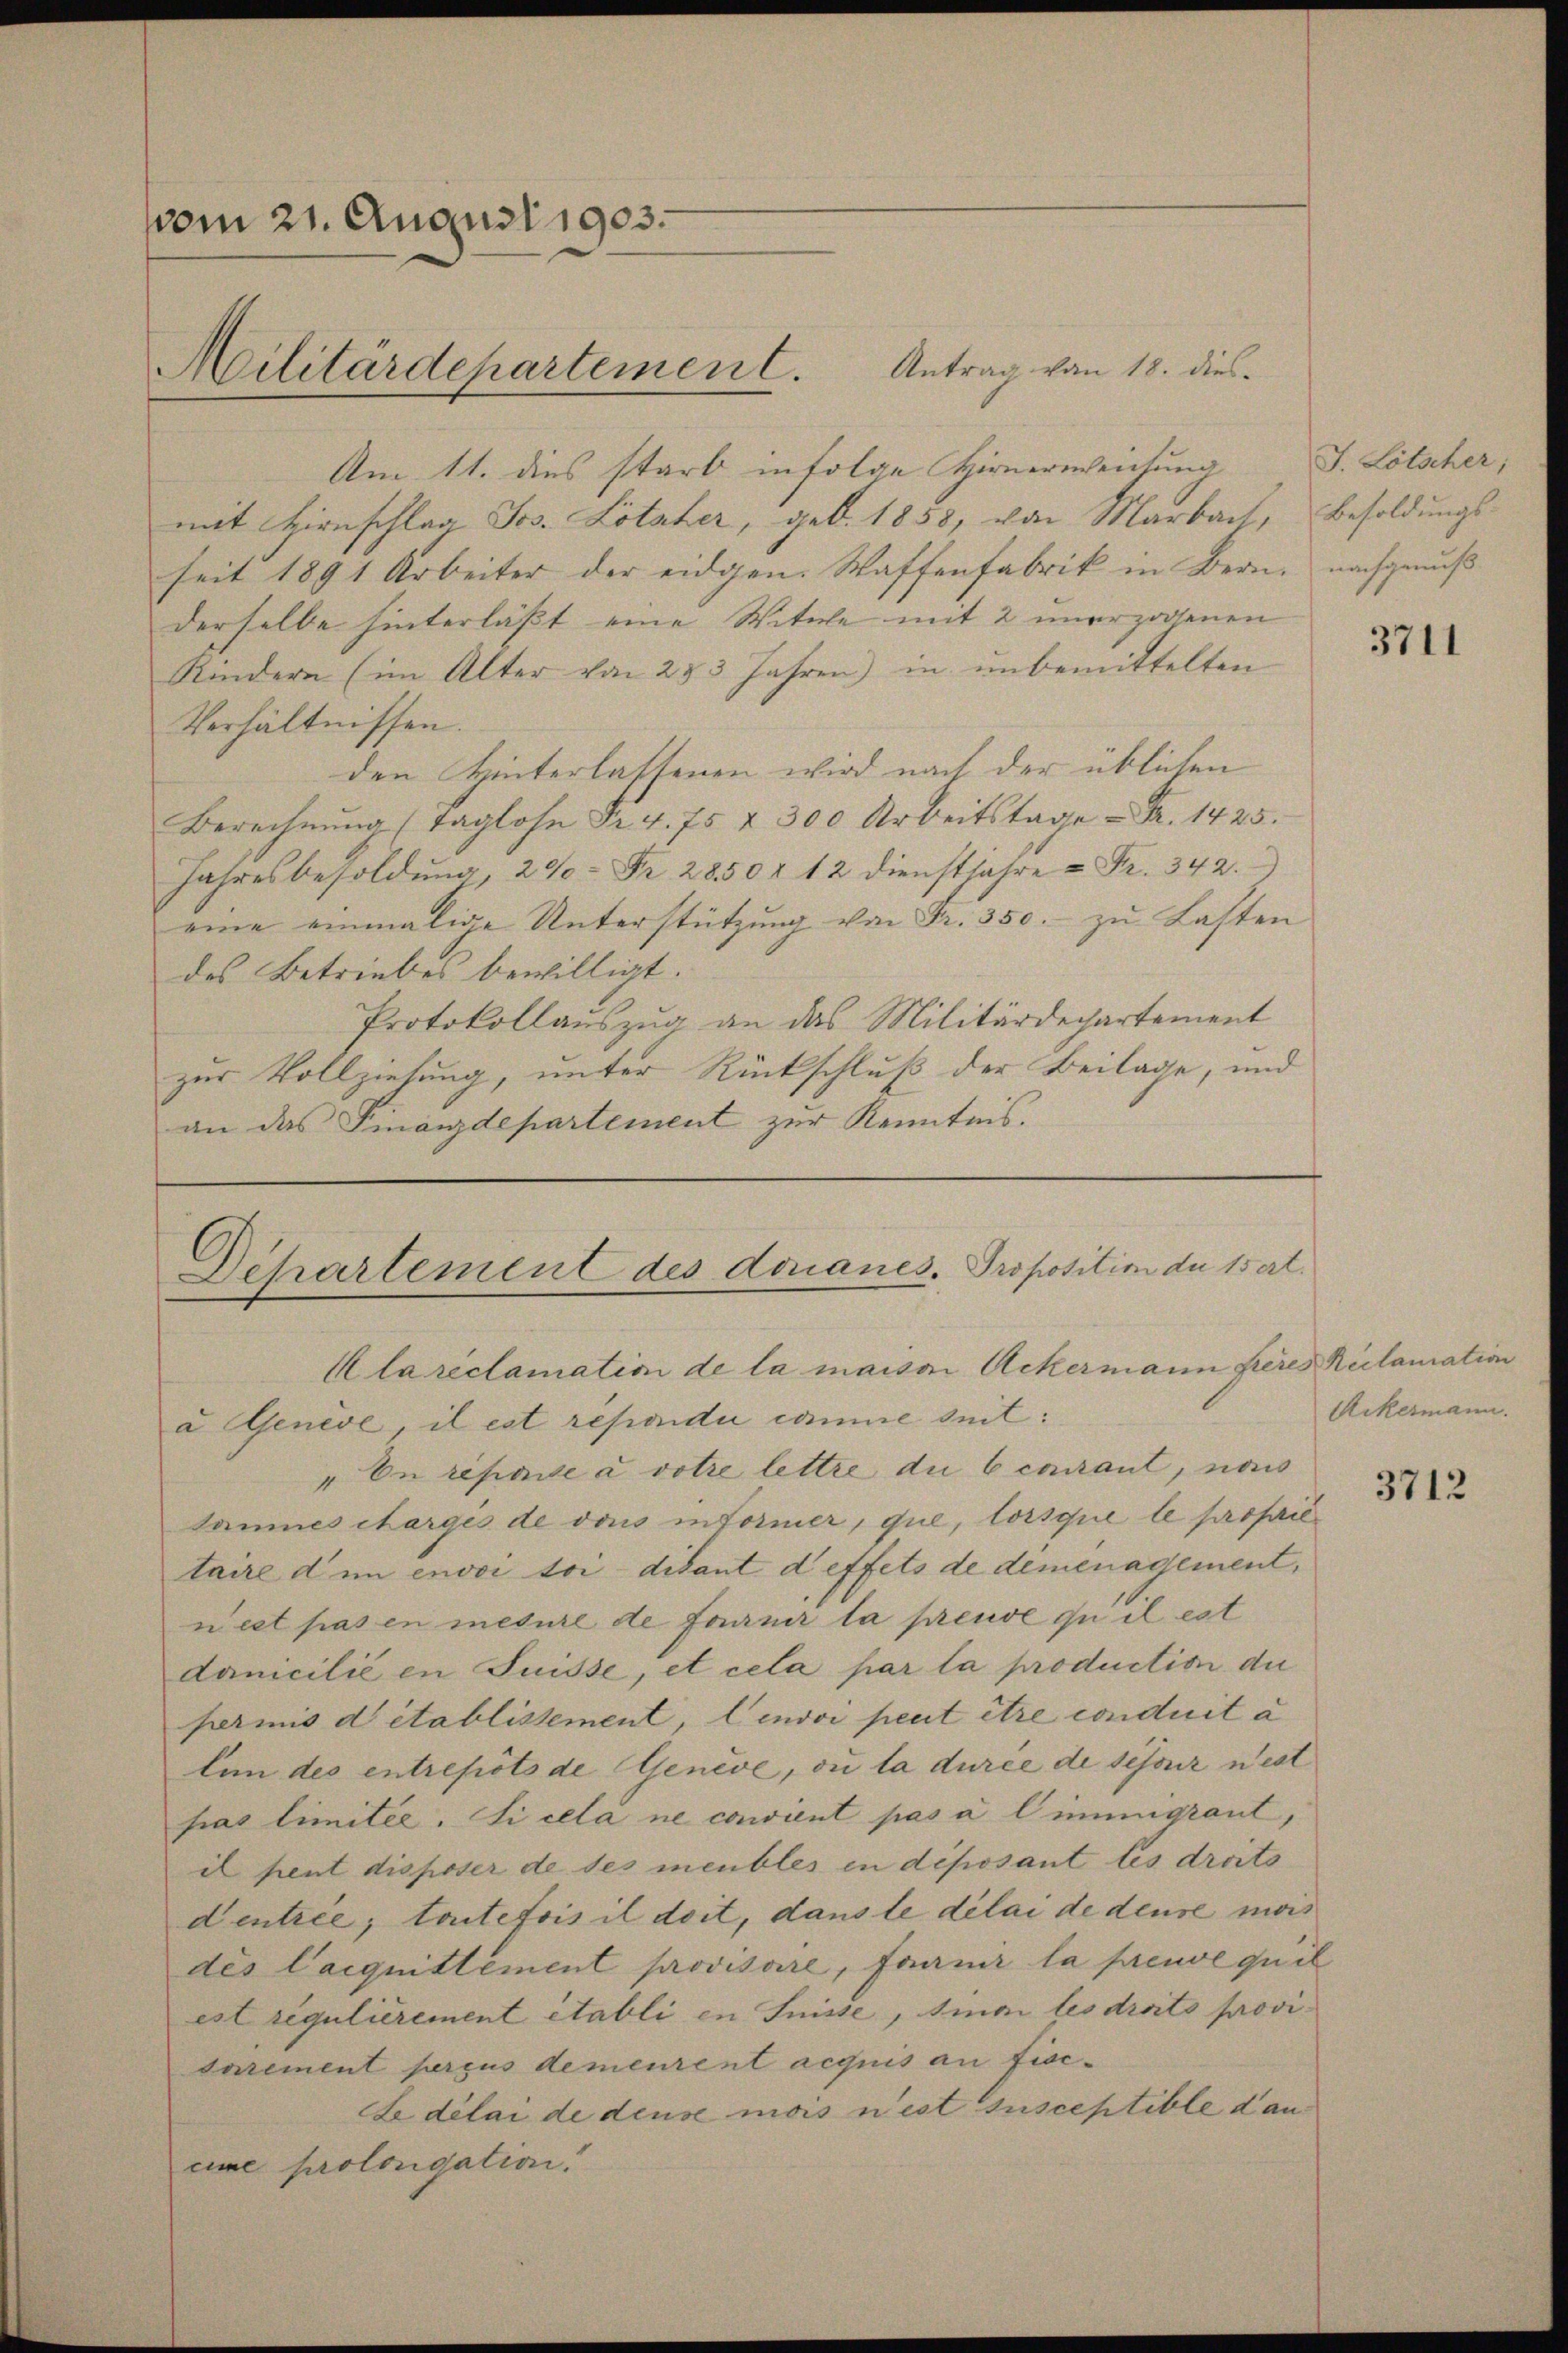
vom 21. August 1903.

Militärdepartement. Antrag von 18. dies

Departement des donanes. Proposition de 15 ert
Alareclamation de la maison Ackermann fieres Reclamation

Am 11. dies starb infolge Hirnerweichung
mit Hirnschlag Jos. Lotaher, geb. 1858, von Marbait, Besoldungsseit 1891 Arbeiter der eidgen. Waffenfabrik in Bern, nachgenuß
derselbe hinterlässt eine Witwe mit 2 unerzogenen
Kindern (im Alter von 253 Jahren) in unbemittelten
Verhältnissen.
den Hinterlassenen wird nach der üblichen
Berechnŭng (Taglohn Fr. 4. 75 & 300 Arbeitstage Fr. 1425.
Jahresbesoldung, 200 Fr. 2850 f 12 dienstjahre u Fr. 342.
eine einmalige Unterstützung von Fr. 350.- zu Lasten
des Betriebes bewilligt.
Protokollauszug an das Militärdepartement
zur Vollziehung, unter Rückschluß der Beilage, und
an das Finanzdepartement zur Kenntnis.

J. Lötscher;

a Genève, il est rependii comme seit:
"On reparte a votre lettre du b courant, nac
Saumes charges de dans informer, que, lorsque le prosailtaire dem envoi toi-disant deffets de demenagement,
nest pas en mesure de fournir la preuve ou il est
danicilié en Suisse, et cela par la production die
permis d établissement, lenvoi peut être conduit à
tin des entrepots de Genève, ou la durée de schonz nest
pas limitée. Si cela ne convient pas à l’immigrant,
il peut disposer de des meubles in déposant les droits
dentrie; toutefois il doit, dans le délai de deuse mois
des Cacquittement provisoire, Farnir la peuve quil
est segulièrement établi in Suisse, siner les droits provisairement perçus demeurent acquis an fisc¬
Ce délai de deuse mois n’est susceptible daneine prolongation.

3711

Ackermann.

3712